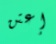
إعتن